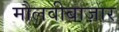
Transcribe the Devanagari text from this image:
मौलवीबाज़ार